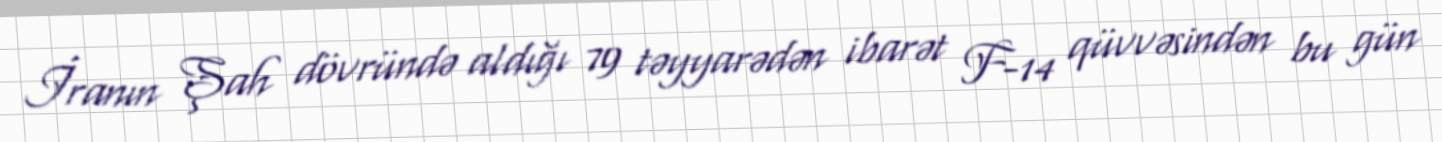
İranın Şah dövründə aldığı 79 təyyarədən ibarət F-14 qüvvəsindən bu gün